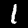
Label: 1